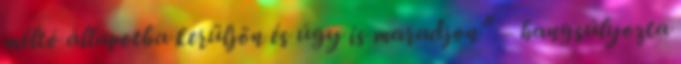
méltó állapotba kerüljön és úgy is maradjon” – hangsúlyozta